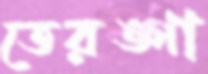
তেরঙ্গা